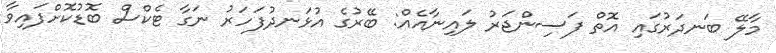
މާލޭ ބަނދަރުގައި އޮތް ފަސިންޖަރު ލައިނާއެއް: ބޭރުގެ އުޅަނދުފަހަރު ނަގާ ޓެކްސް ބޮޑުކޮށްފައިވާ